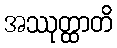
အဿုတ္ထာတိ